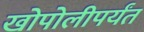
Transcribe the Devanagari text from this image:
खोपोलीपर्यंत